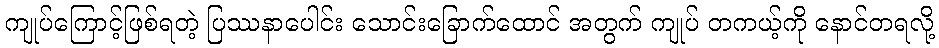
ကျုပ်ကြောင့်ဖြစ်ရတဲ့ ပြဿနာပေါင်း သောင်းခြောက်ထောင် အတွက် ကျုပ် တကယ့်ကို နောင်တရလို့